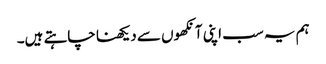
ہم یہ سب اپنی آنکھوں سے دیکھنا چاہتے ہیں۔